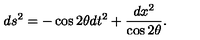
d s ^ { 2 } = - \cos 2 \theta d t ^ { 2 } + \frac { d x ^ { 2 } } { \cos 2 \theta } .